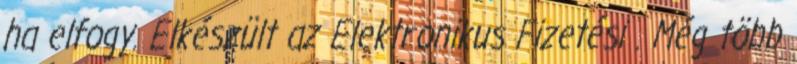
ha elfogy. Elkészült az Elektronikus Fizetési . Még több